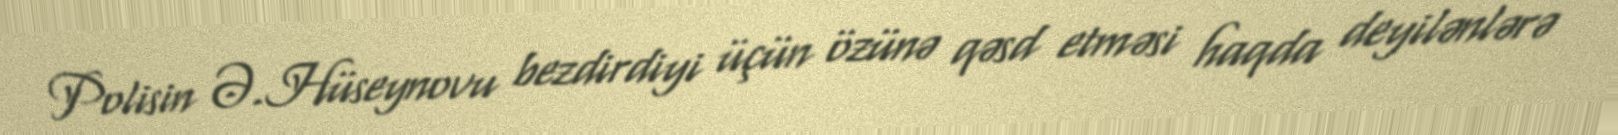
Polisin Ə.Hüseynovu bezdirdiyi üçün özünə qəsd etməsi haqda deyilənlərə